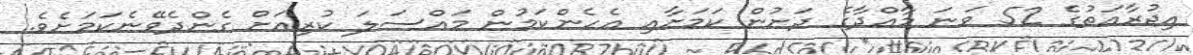
އިޖުރާއަތުގެ 52 ވަނަ މާއްދާގެ ދަށުން ކަމަށާއި އެހެންކަމުން މައްސަލަ ކުރިއަށް ގެންދެވޭނެކަމަށެވެ.